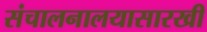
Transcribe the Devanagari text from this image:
संचालनालयासारखी